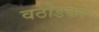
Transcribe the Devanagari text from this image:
वठोडकर